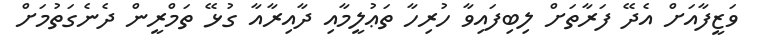
ވަޒީފާއަށް އެދޭ ފަރާތަށް ލިބިފައިވާ ހުރިހާ ތަޢުލީމާއި ދާއިރާއާ ގުޅޭ ތަމްރީން ދެނެގަތުމަށް